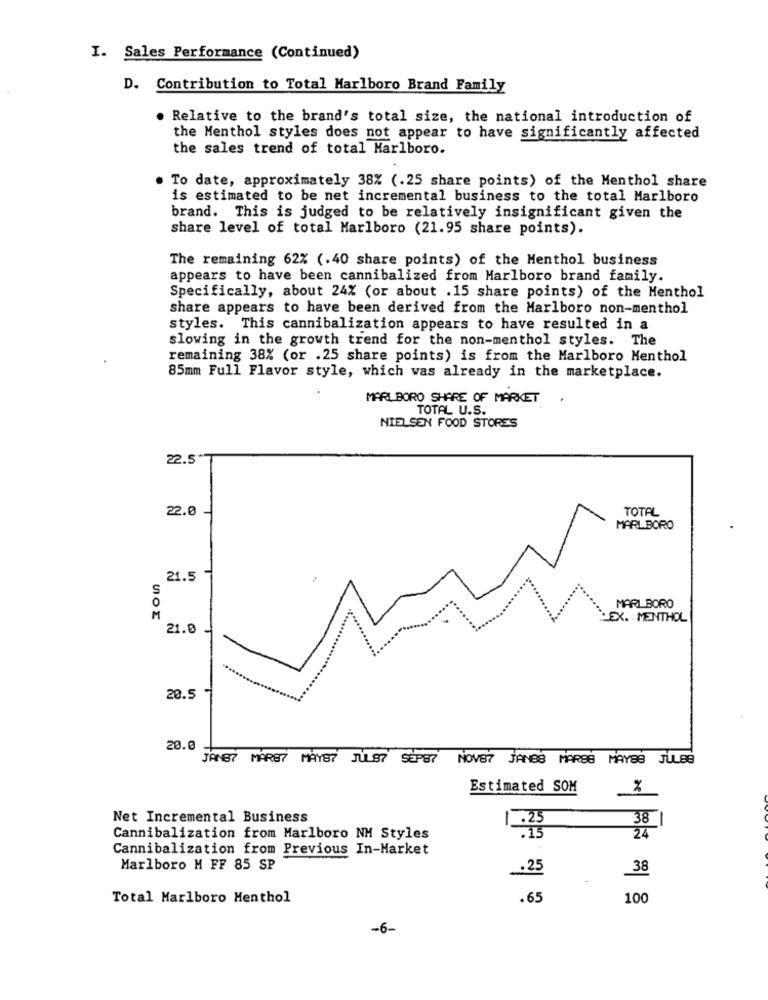
I. Sales Performance (Continued)
D. Contribution to Total Marlboro Brand Family
. Relative to the brand's total size, the national introduction of
the Menthol styles does not appear to have significantly affected
the sales trend of total Marlboro.
. To date, approximately 38% (.25 share points) of the Menthol share
is estimated to be net incremental business to the total Marlboro
brand. This is judged to be relatively insignificant given the
share level of total Marlboro (21.95 share points).
The remaining 62% (.40 share points) of the Menthol business
appears to have been cannibalized from Marlboro brand family.
Specifically, about 24% (or about . 15 share points) of the Menthol
share appears to have been derived from the Marlboro non-menthol
styles. This cannibalization appears to have resulted in a
slowing in the growth trend for the non-menthol styles. The
remaining 38% (or .25 share points) is from the Marlboro Menthol
85mm Full Flavor style, which was already in the marketplace.
MARLBORO SHARE OF MARKET
TOTAL U.S.
NIELSEN FOOD STORES
22.5
22.0
TOTAL
MARLBORO
21.5
2
S
O
MARLBORO
M
:EX. MENTHOL
21.0
20.5
20.0
JANS7 MAR87 MAY87 JUL97 SEP87
NOV87 JANES MARES MAYES JULBB
Estimated SOM
%
Net Incremental Business
38
Cannibalization from Marlboro NM Styles
24
Cannibalization from Previous In-Market
Marlboro M FF 85 SP
.25
38
Total Marlboro Menthol
.65
100
-6-